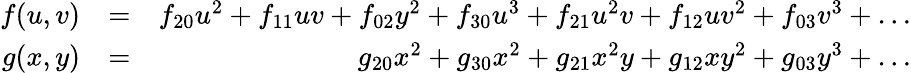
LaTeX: \begin{array}{rlr}{f(u,v)}&{=}&{f_{20}u^{2}+f_{11}uv+f_{02}y^{2}+f_{30}u^{3}+f_{21}u^{2}v+f_{12}uv^{2}+f_{03}v^{3}+\ldots}\\ {g(x,y)}&{=}&{g_{20}x^{2}+g_{30}x^{2}+g_{21}x^{2}y+g_{12}xy^{2}+g_{03}y^{3}+\ldots}\end{array}